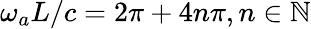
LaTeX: \omega_{a}L/c=2\pi+4n\pi,n\in\mathbb{N}